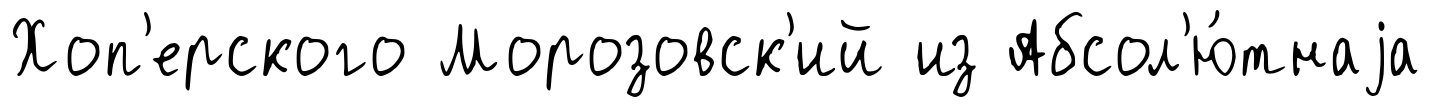
Хоп'ерского Морозовск'ий из Абсол'ю́тнаjа